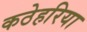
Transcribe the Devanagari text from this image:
कठेहरिया